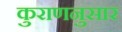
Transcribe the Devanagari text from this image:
कुराणनुसार